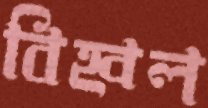
বিহ্বল